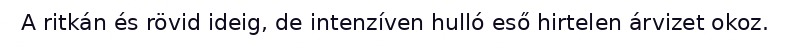
A ritkán és rövid ideig, de intenzíven hulló eső hirtelen árvizet okoz.